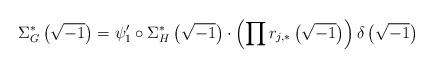
LaTeX: \begin{align*}\Sigma_G^*\left(\sqrt{-1}\right) = \psi_1' \circ \Sigma^*_H\left(\sqrt{-1}\right) \cdot \left(\prod r_{j,*}\left(\sqrt{-1}\right)\right) \delta\left(\sqrt{-1}\right)\end{align*}